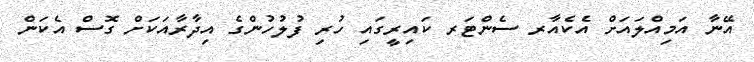
އޭނާ އަމިއްލައަށް އެކެއާރ ސެންޓަރ ކައިރީގައި ހުރި ފުލުހުންގެ އިދާރާއަކަށް ގޮސް އެކަން